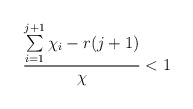
\begin{align*} \frac{\sum\limits_{i=1}^{j+1}\chi_i - r(j+1)}{\chi} < 1 \end{align*}